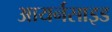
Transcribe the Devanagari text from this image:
आयर्नसाइड